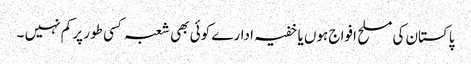
پاکستان کی مسلح افواج ہوں یا خفیہ ادارے کوئی بھی شعبہ کسی طور پر کم نہیں ۔